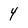
Character: 4